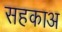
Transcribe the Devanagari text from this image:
सहकाअ